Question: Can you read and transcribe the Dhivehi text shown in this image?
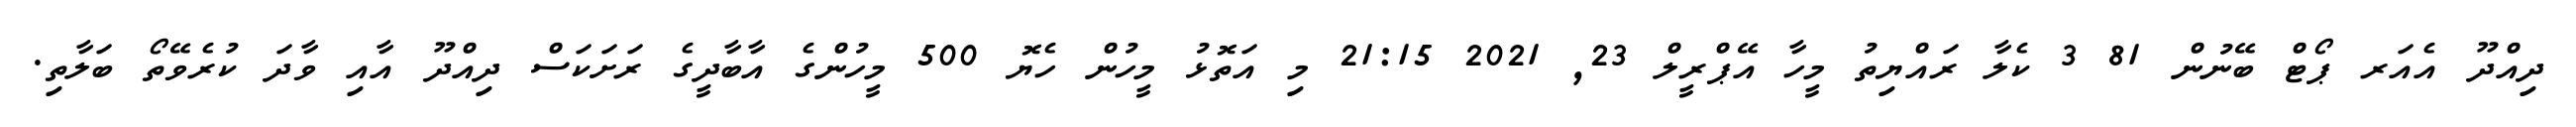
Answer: ދިއްދޫ އެއަރ ޕޯޓް ބޭނުން 81 3 ކެލާ ރައްޔިތު މީހާ އޭޕްރީލް 23, 2021 21:15 މި އަތޮޅު މީހުން ހެޔޮ 500 މީހުންގެ އާބާދީގެ ރަށަކަސް ދިއްދޫ އާއި ވާދަ ކުރެވޭތޯ ބަލާތި.